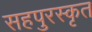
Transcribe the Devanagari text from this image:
सहपुरस्कृत